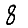
Digit: 8